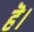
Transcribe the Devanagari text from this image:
हॆ।